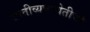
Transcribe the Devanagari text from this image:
जातीव्यवस्थेतीची